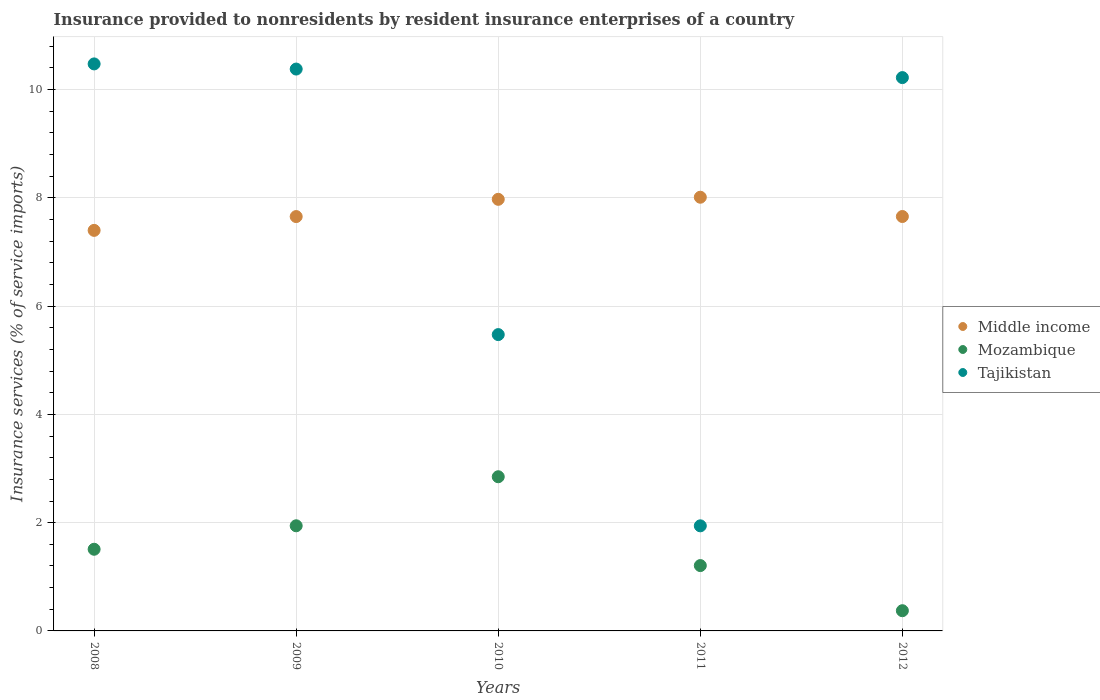
| Years | Middle income | Mozambique | Tajikistan |
 | --- | --- | --- | --- |
 | 2008 | 7.4 | 1.51 | 10.5 |
 | 2009 | 7.65 | 1.94 | 10.4 |
 | 2010 | 7.97 | 2.85 | 5.47 |
 | 2011 | 8.01 | 1.21 | 1.94 |
 | 2012 | 7.66 | 0.373 | 10.2 |